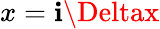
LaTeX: x=\mathbf{i}\Deltax